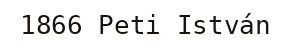
1866 Peti István